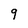
Character: 9